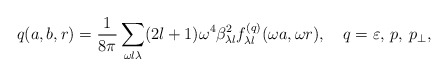
\begin{align*}q(a,b,r)=\frac{1}{8\pi }\sum_{\omega l\lambda }(2l+1)\omega ^4\beta ^2_{\lambda l}f_{\lambda l}^{(q)}(\omega a,\omega r),\quad q=\varepsilon,\, p,\, p_\perp ,\end{align*}